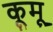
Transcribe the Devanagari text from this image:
कूमू